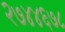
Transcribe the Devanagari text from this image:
२७४४६७८